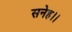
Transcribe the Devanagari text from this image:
सनेह।।